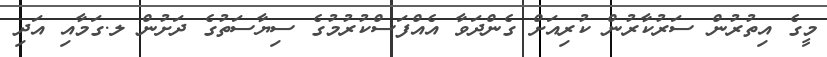
މީގެ އިތުރުން ސަރުކާރުން ކުރިއަށް ގެންދަވާ އެއްފަސްކުރުމުގެ ސިޔާސަތުގެ ދަށުން ލ.ގަމާއި އަދި